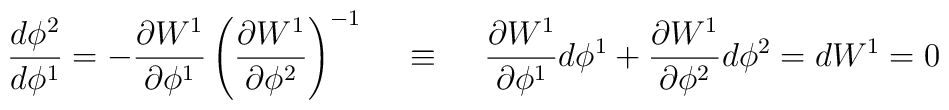
\frac{d \phi^2}{d \phi^1}=-\frac{\partial W^1}{\partial \phi^1}\left( \frac{\partial W^1}{\partial \phi^2} \right)^{-1}\hspace{0.5cm} \equiv \hspace{0.5cm} \frac{\partial W^1}{\partial\phi^1} d\phi^1+\frac{\partial W^1}{\partial \phi^2} d\phi^2 =dW^1=0